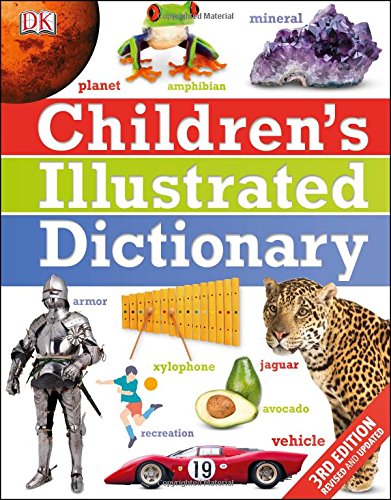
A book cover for Children's Illustrated Dictionary; DK; Children's Books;